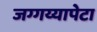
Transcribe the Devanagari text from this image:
जग्गय्यापेटा